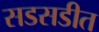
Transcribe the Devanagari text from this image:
सडसडीत